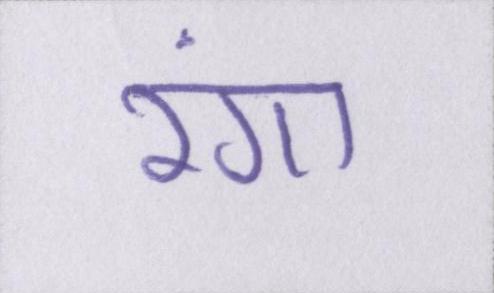
रंगा